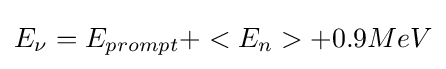
E_{\nu }=E_{prompt}+<E_{n}>+0.9MeV